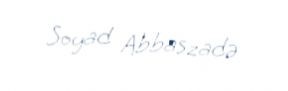
Soyad Abbaszadə